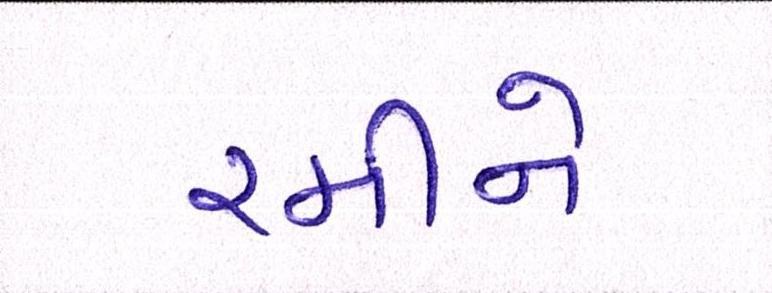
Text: રમીને